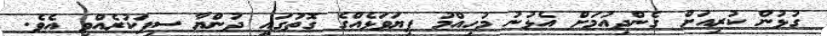
ގުޅުން ކުރިއަށް ގެންދިއުމަށް އެޅުނު މުހިއްމު ފިޔަވަޅެއްގެ ގޮތުގައި ދުންޔާ ސިފަކުރެއްވި އެވެ.